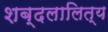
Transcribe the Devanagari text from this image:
शब्दलालित्य